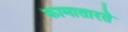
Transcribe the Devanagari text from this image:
कामातारते